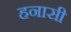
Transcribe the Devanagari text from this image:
हनासी